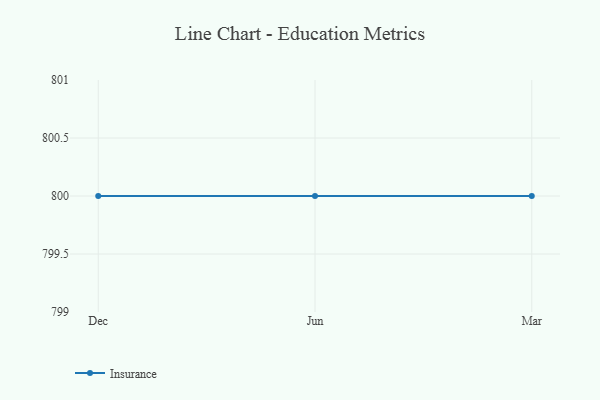
{"axis": {"x": "Month", "y": "Inventory Turnover"}, "legend": ["Insurance"], "data": [{"x": "Dec", "y": 800, "type": "Insurance"}, {"x": "Jun", "y": 800, "type": "Insurance"}, {"x": "Mar", "y": 800, "type": "Insurance"}]}